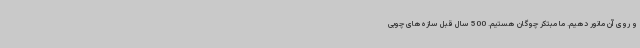
و روی آن مانور دهیم. ما مبتکر چوگان هستیم. 500 سال قبل سازه‌های چوبی